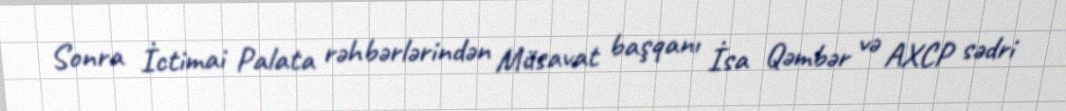
Sonra İctimai Palata rəhbərlərindən Müsavat başqanı İsa Qəmbər və AXCP sədri